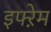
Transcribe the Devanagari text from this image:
इफ्ऱेम